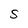
Character: S